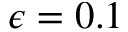
\epsilon = 0 . 1